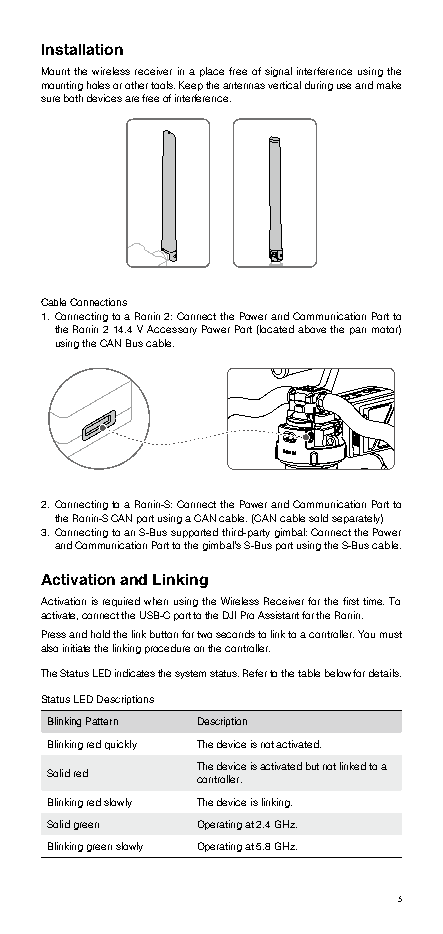
Installation
 Mount the wireless receiver in a place free of signal interference using the
 mounting holes or other tools. Keep the antennas vertical during use and make
 sure both devices are free of interference.
 Cable Connections
 1. Connecting to a Ronin 2: Connect the Power and Communication Port to
 the Ronin 2 14.4 V Accessory Power Port (located above the pan motor)
 using the CAN Bus cable.
 2. Connecting to a Ronin-S: Connect the Power and Communication Port to
 the Ronin-S CAN port using a CAN cable. (CAN cable sold separately)
 3. Connecting to an S-Bus supported third-party gimbal: Connect the Power
 and Communication Port to the gimbal’s S-Bus port using the S-Bus cable.
 Activation and Linking
 Activation is required when using the Wireless Receiver for the first time. To
 activate, connect the USB-C port to the DJI Pro Assistant for the Ronin.
 Press and hold the link button for two seconds to link to a controller. You must
 also initiate the linking procedure on the controller.
 The Status LED indicates the system status. Refer to the table below for details.
 Status LED Descriptions
 Blinking Pattern Description
 Blinking red quickly The device is not activated.
 The device is activated but not linked to a
 Solid red
 controller.
 Blinking red slowly The device is linking.
 Solid green Operating at 2.4 GHz.
 Blinking green slowly Operating at 5.8 GHz.
 3